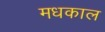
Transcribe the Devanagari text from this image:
मधकाल